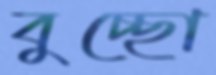
বুচ্ছো